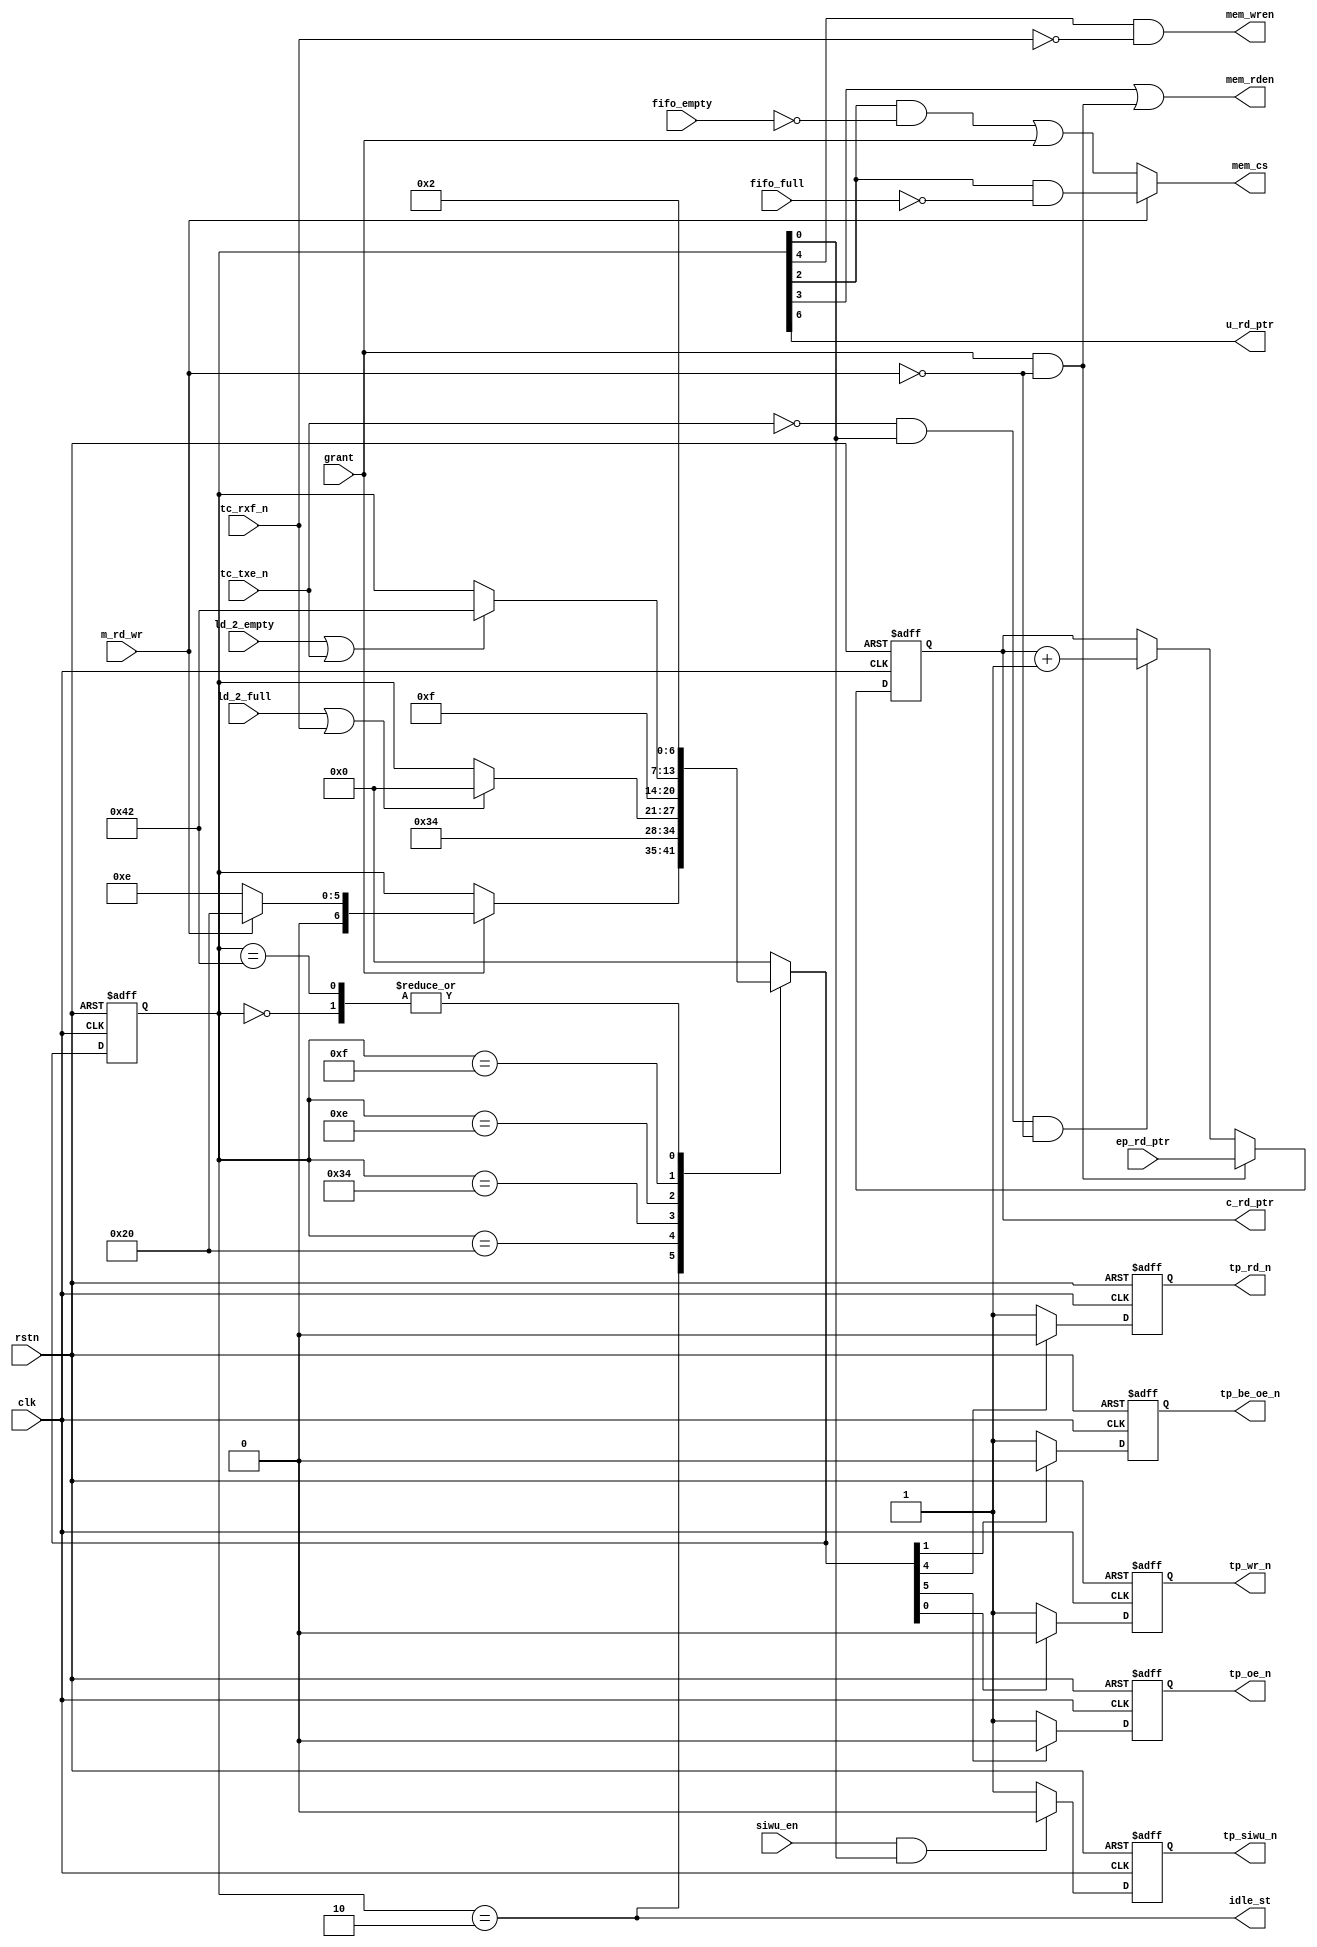
//------------------------------------------------------------------------------
// Title        : fifo_mst_fsm.v 
// Project      : FT600
//------------------------------------------------------------------------------
//------------------------------------------------------------------------------
// Description  : 
//               FIFO 245 Master FSM 
//  
//             
//------------------------------------------------------------------------------
// Known issues & omissions:
// 
// 
//------------------------------------------------------------------------------
// Copyright 2013 FTDI Ltd. All rights reserved.
//------------------------------------------------------------------------------

module fifo_mst_fsm #(
  parameter EPm_MSZ = 11
  ) (

  // inputs
  input                    rstn,
  input                    clk,
  input                    tc_txe_n,
  input                    tc_rxf_n,      // this is s2mack_n in M600 mode
  input                    siwu_en,
  input                    grant,
  input                    m_rd_wr,       // 1: master read, 0: master write
  input                    fifo_full,
  input                    fifo_empty,
  input                    ld_2_full,
  input                    ld_2_empty,
  input [EPm_MSZ:0]        ep_rd_ptr,

  // outputs
  output wire              idle_st,
  output reg               tp_wr_n,       // this is m2sreq_n in M600 mode
  output reg               tp_oe_n,
  output reg               tp_rd_n,
  output reg               tp_siwu_n,
  output reg               tp_be_oe_n,
  output wire              u_rd_ptr,
  output reg [EPm_MSZ:0]   c_rd_ptr,
  output wire              mem_cs,
  output wire              mem_wren,
  output wire              mem_rden

);


  reg  [6:0]   cur_st;
  reg  [6:0]   nxt_st;
 
  wire         adv_c_rptr;
  wire         load_crptr;
  wire         set_siwu_en;



  assign adv_c_rptr = ~tc_txe_n & cur_st[0] & ~m_rd_wr;

  assign load_crptr = grant & ~m_rd_wr;

  assign mem_wren   = cur_st[4] & ~tc_rxf_n;

  assign mem_cs     = m_rd_wr ? (cur_st[2] & ~fifo_full) :
                                ((cur_st[2] & ~fifo_empty) | grant);

  assign mem_rden   = cur_st[3] | (grant & ~m_rd_wr);

  assign u_rd_ptr   = cur_st[6];

  assign set_siwu_en = siwu_en & cur_st[0];

//////////////////////////////////////////////////////////////
// FSM

  localparam   MODE_SL = 7'b000_0000;  // h00
  localparam   M245_00 = 7'b000_0010;  // h02
  localparam   M245_10 = 7'b010_0000;  // h20 
  localparam   M245_11 = 7'b011_0100;  // h74 MT READ
  localparam   M245_20 = 7'b000_1110;  // h0e 
  localparam   M245_21 = 7'b000_1111;  // h0f MT WRITE
  localparam   M245_22 = 7'b100_0010;  // h82


  assign idle_st    = (cur_st == M245_00);



  always @(*) begin

    nxt_st      = cur_st;

    case(cur_st)

      MODE_SL: begin

        nxt_st = M245_00;

      end
      M245_00: begin


        if (grant) begin

          if (m_rd_wr)
            nxt_st = M245_10;
          else
            nxt_st = M245_20;

        end

      end
      M245_10: begin       // master read cycle start, OE_N is asserted

        nxt_st = M245_11;

      end
      M245_11: begin       // OE_N and RD_N are asserted

        if (ld_2_full | tc_rxf_n)
          nxt_st = MODE_SL;  // OE_N and RD_N are de-asserted
        
      end
      M245_20: begin       // first data is ready at Memory out

        nxt_st = M245_21;

      end
      M245_21: begin        // master write cycle start, WR_N is asserted

        if (ld_2_empty | tc_txe_n)
          nxt_st = M245_22;

      end
      M245_22: begin

        nxt_st = M245_00;

      end

     default: begin

        nxt_st = MODE_SL;

     end

    endcase

  end


  always @(posedge clk or negedge rstn)
    if (~rstn) begin
      cur_st       <= MODE_SL;
      c_rd_ptr     <= 0;
      tp_wr_n      <= 1;
      tp_oe_n      <= 1;
      tp_rd_n      <= 1;
      tp_siwu_n    <= 1;
      tp_be_oe_n   <= 1;
    end
    else begin

      cur_st       <= nxt_st;

      if (load_crptr)
        c_rd_ptr   <= ep_rd_ptr;
      else if (adv_c_rptr)
        c_rd_ptr   <= c_rd_ptr + 1'b1;

      if (nxt_st[0])
        tp_wr_n  <= 0;
      else
        tp_wr_n  <= 1;

      if (nxt_st[5])
        tp_oe_n  <= 0;
      else
        tp_oe_n  <= 1;

      if (nxt_st[4])
        tp_rd_n  <= 0;
      else
        tp_rd_n  <= 1;

      if (set_siwu_en)
        tp_siwu_n  <= 0;
      else
        tp_siwu_n  <= 1;

      if (nxt_st[1])
        tp_be_oe_n  <= 0;
      else
        tp_be_oe_n  <= 1;

    end


endmodule